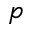
p